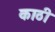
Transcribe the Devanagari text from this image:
काठी